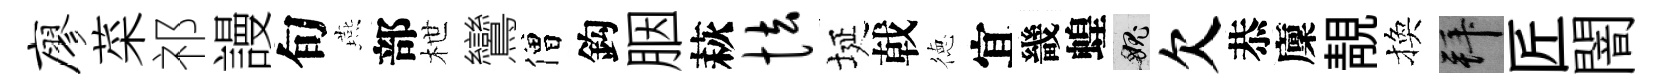
廖菜祁謾旬燕部枻鸞僧鈎胭萩怯埏戟徳宜畿蝗愧欠恭廩靚換拜匠闇